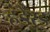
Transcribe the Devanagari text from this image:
हंडे्रड